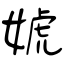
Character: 婋